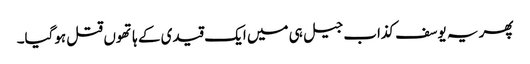
پھر یہ یوسف کذاب جیل ہی میں ایک قیدی کے ہاتھوں قتل ہوگیا۔